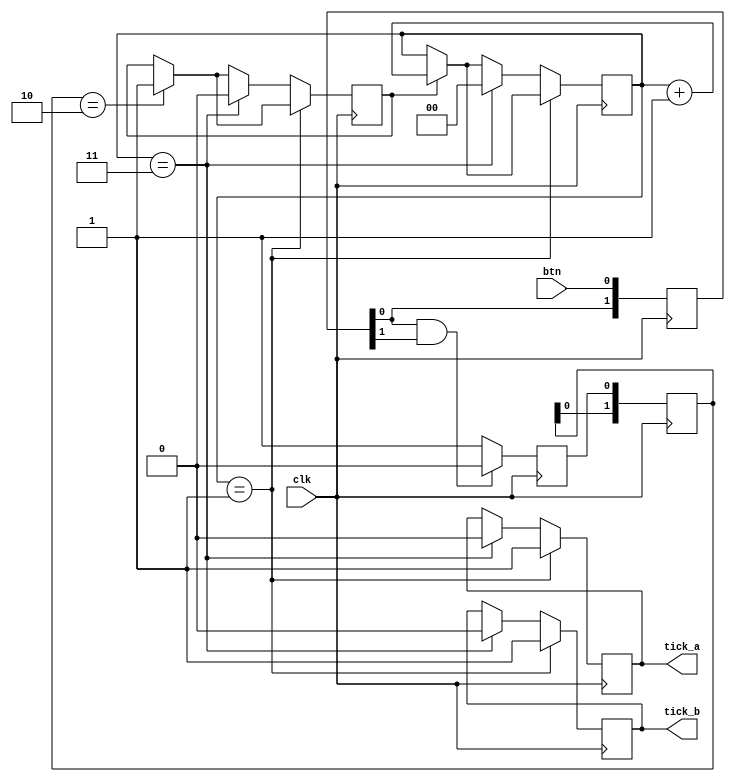

module debouncer(clk,btn,tick_a,tick_b);

//INPUTS:
input btn;
input clk;
//btn - WIRE FROM (BUTTON ON THE BOARD)
//clk - WIRE FROM (PLL)

//OUTPUTS:
output reg tick_a;
output reg tick_b;
//tick - REGISTER THAT CHANGES VALUE TO HIGH FOR ONE CLOCK PERIOD WHILE THE INPUT FROM BUUTON IS PROVIDED

//OTHER NETS AND REGISTERS:
reg [1:0] synch_chain; 
reg synch_out;
reg timer_enable;
//reg [19:0] timer;
reg [1:0] timer;
reg [1:0] debouncer_chain;
//synch_chain - SYNCHRONIZATION CHAIN
//synch_out -  OUTPUT FROM SYNCHRONIZATION CHAIN TO DEBOUNCER CHAIN
//timer_enable - WHEN DEBOUNCER CHAIN CHAGES ITS VALUE TIMER IS ENABLED
//debouncer_chain - TWO REGISTER CHAIN THAT HELPS WITH THE METASTABILITY CONDITION
//timer - TIMER THAT HELPS WITH THE METASTABILITY CONDITION
//////////////////////////////DEBOUNCER/////////////////////////////////////////////////////////////////////////////
initial
begin 
	synch_out <= 1'b0;
	synch_chain <= 2'b11;
	debouncer_chain <= 2'b00;
	timer <= 0;
	tick_a <= 1'b0;
	tick_b <= 1'b0;
	timer_enable <= 1'b0;
end
	
always @(posedge clk)
begin
	synch_chain <= {synch_chain,btn};
	if (synch_chain[0] & synch_chain[1])
		synch_out <= 1'b0;
	else 
		synch_out <= 1'b1;
		
	debouncer_chain <= {debouncer_chain,synch_out};
	
	if(debouncer_chain == 2'b10)
		timer_enable <= 1'b1;
	
	
	if(timer_enable)
		timer <= timer + 1'b1;
		

	if (timer == 1)
	begin
		tick_a <= 1'b1;
		tick_b <= 1'b1;
	end
	else if (timer == 3)begin
		tick_a <= 1'b0;
		tick_b <= 1'b0;
		timer <= 0;
		timer_enable <= 1'b0;
	end	
end
endmodule 
////////////////////////////////////////////////////////////////////////////////////////////////////////////////